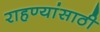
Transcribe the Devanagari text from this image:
राहण्यांसाठी